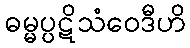
ဓမ္မပ္ပဋိသံဝေဒီဟိ